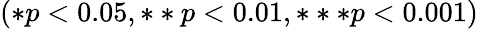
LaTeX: (*p<0.05,**p<0.01,***p<0.001)